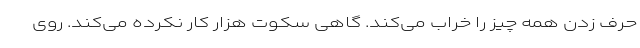
حرف زدن همه چیز را خراب می‌کند. گاهی سکوت هزار کار نکرده می‌کند. روی